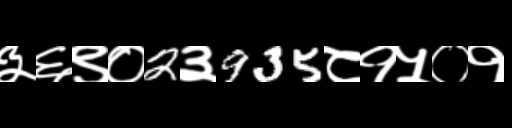
Text: ३६९०2३935८१५०१